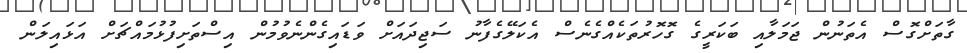
ގާތަށްގޮސް އެތަނުން ޖަމަލާއި ބަކަރީގެ ގޮހޮރުތަކެއްގެނެސް އެކަލޭގެފާނު ސަޖިދައަށް ވަޑައިގެންނެވުމުން އިސްތަށިފުޅުމައްޗަށް އަޅައިލަން